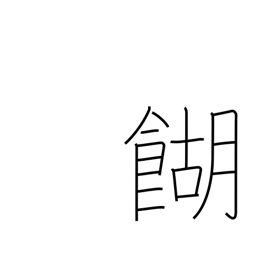
Meaning: rice broth